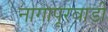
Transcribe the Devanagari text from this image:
नागापूरवाडी